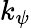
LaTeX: k_{\psi}